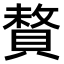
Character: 𫎜